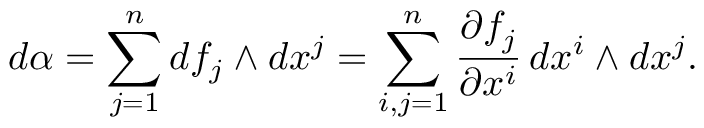
d \alpha = \sum _ { j = 1 } ^ { n } d f _ { j } \wedge d x ^ { j } = \sum _ { i , j = 1 } ^ { n } { \frac { \partial f _ { j } } { \partial x ^ { i } } } \, d x ^ { i } \wedge d x ^ { j } .